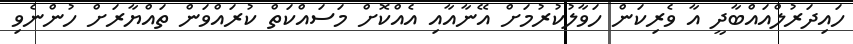
ހައިދަރުލްއައްބާދީ އާ ވެރިކަން ހަވާލުކުރުމަށް އޭނާއާއި އެއްކޮށް މަސައްކަތް ކުރައްވަން ތައްޔާރަށް ހުންނެވި